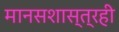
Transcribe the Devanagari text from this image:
मानसशास्त्रही